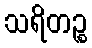
သရိတဉ္စ